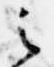
之